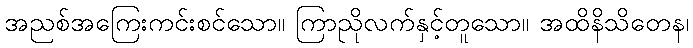
အညစ်အကြေးကင်းစင်သော။ ကြာညိုလက်နှင့်တူသော။ အထိနိသိတေန၊